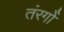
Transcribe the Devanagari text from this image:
तंरगोँ